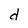
Character: d